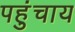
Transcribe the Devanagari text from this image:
पहुंचाय